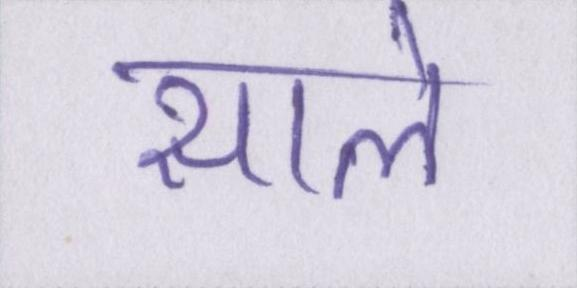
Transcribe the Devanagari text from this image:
साले